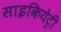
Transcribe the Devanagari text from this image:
साइकियेट्री